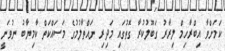
ކަމަށްވާ އިބްރާހިމް ލިރާރު ގަބޫލުކުރާ ގޮތުގައި މަދިރި ނައްތާލުމުގެ މަސައްކަތް ކާމިޔާބު ނުވަނީ